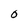
Character: O